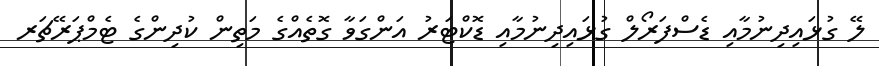
ލޭ ގުޅައިދިނުމާއި ޑެސްފަރޯލް ގުޅައިދިނުމާއި ޑޮކްޓަރު އަންގަވާ ގޮތެއްގެ މަތިން ކުދިންގެ ޓެމްޕަރޭޗަރ